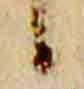
候